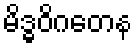
မိဒ္ဓဝိဂတေန